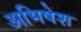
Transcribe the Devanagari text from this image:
अभिषेश